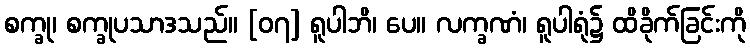
စက္ခု၊ စက္ခုပသာဒသည်။ [၀၇] ရူပါဘိ၊ ပေ။ လက္ခဏံ၊ ရူပါရုံ၌ ထိခိုက်ခြင်းကို